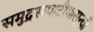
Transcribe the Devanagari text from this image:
समुद्रसपाटीपासून्ची